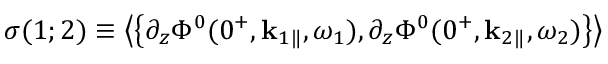
\sigma ( 1 ; 2 ) \equiv \left\langle \left\{ \partial _ { z } \Phi ^ { 0 } ( 0 ^ { + } , { \bf k } _ { 1 } { } _ { \| } , \omega _ { 1 } ) , \partial _ { z } \Phi ^ { 0 } ( 0 ^ { + } , { \bf k } _ { 2 } { } _ { \| } , \omega _ { 2 } ) \right\} \right\rangle